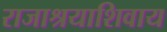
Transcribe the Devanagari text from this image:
राजाश्रयाशिवाय